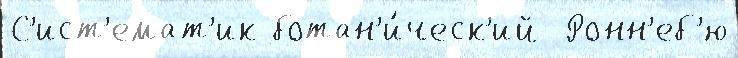
С'ист'емат'ик ботан'и́ческ'ий  Ронн'еб'ю